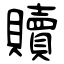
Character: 贖